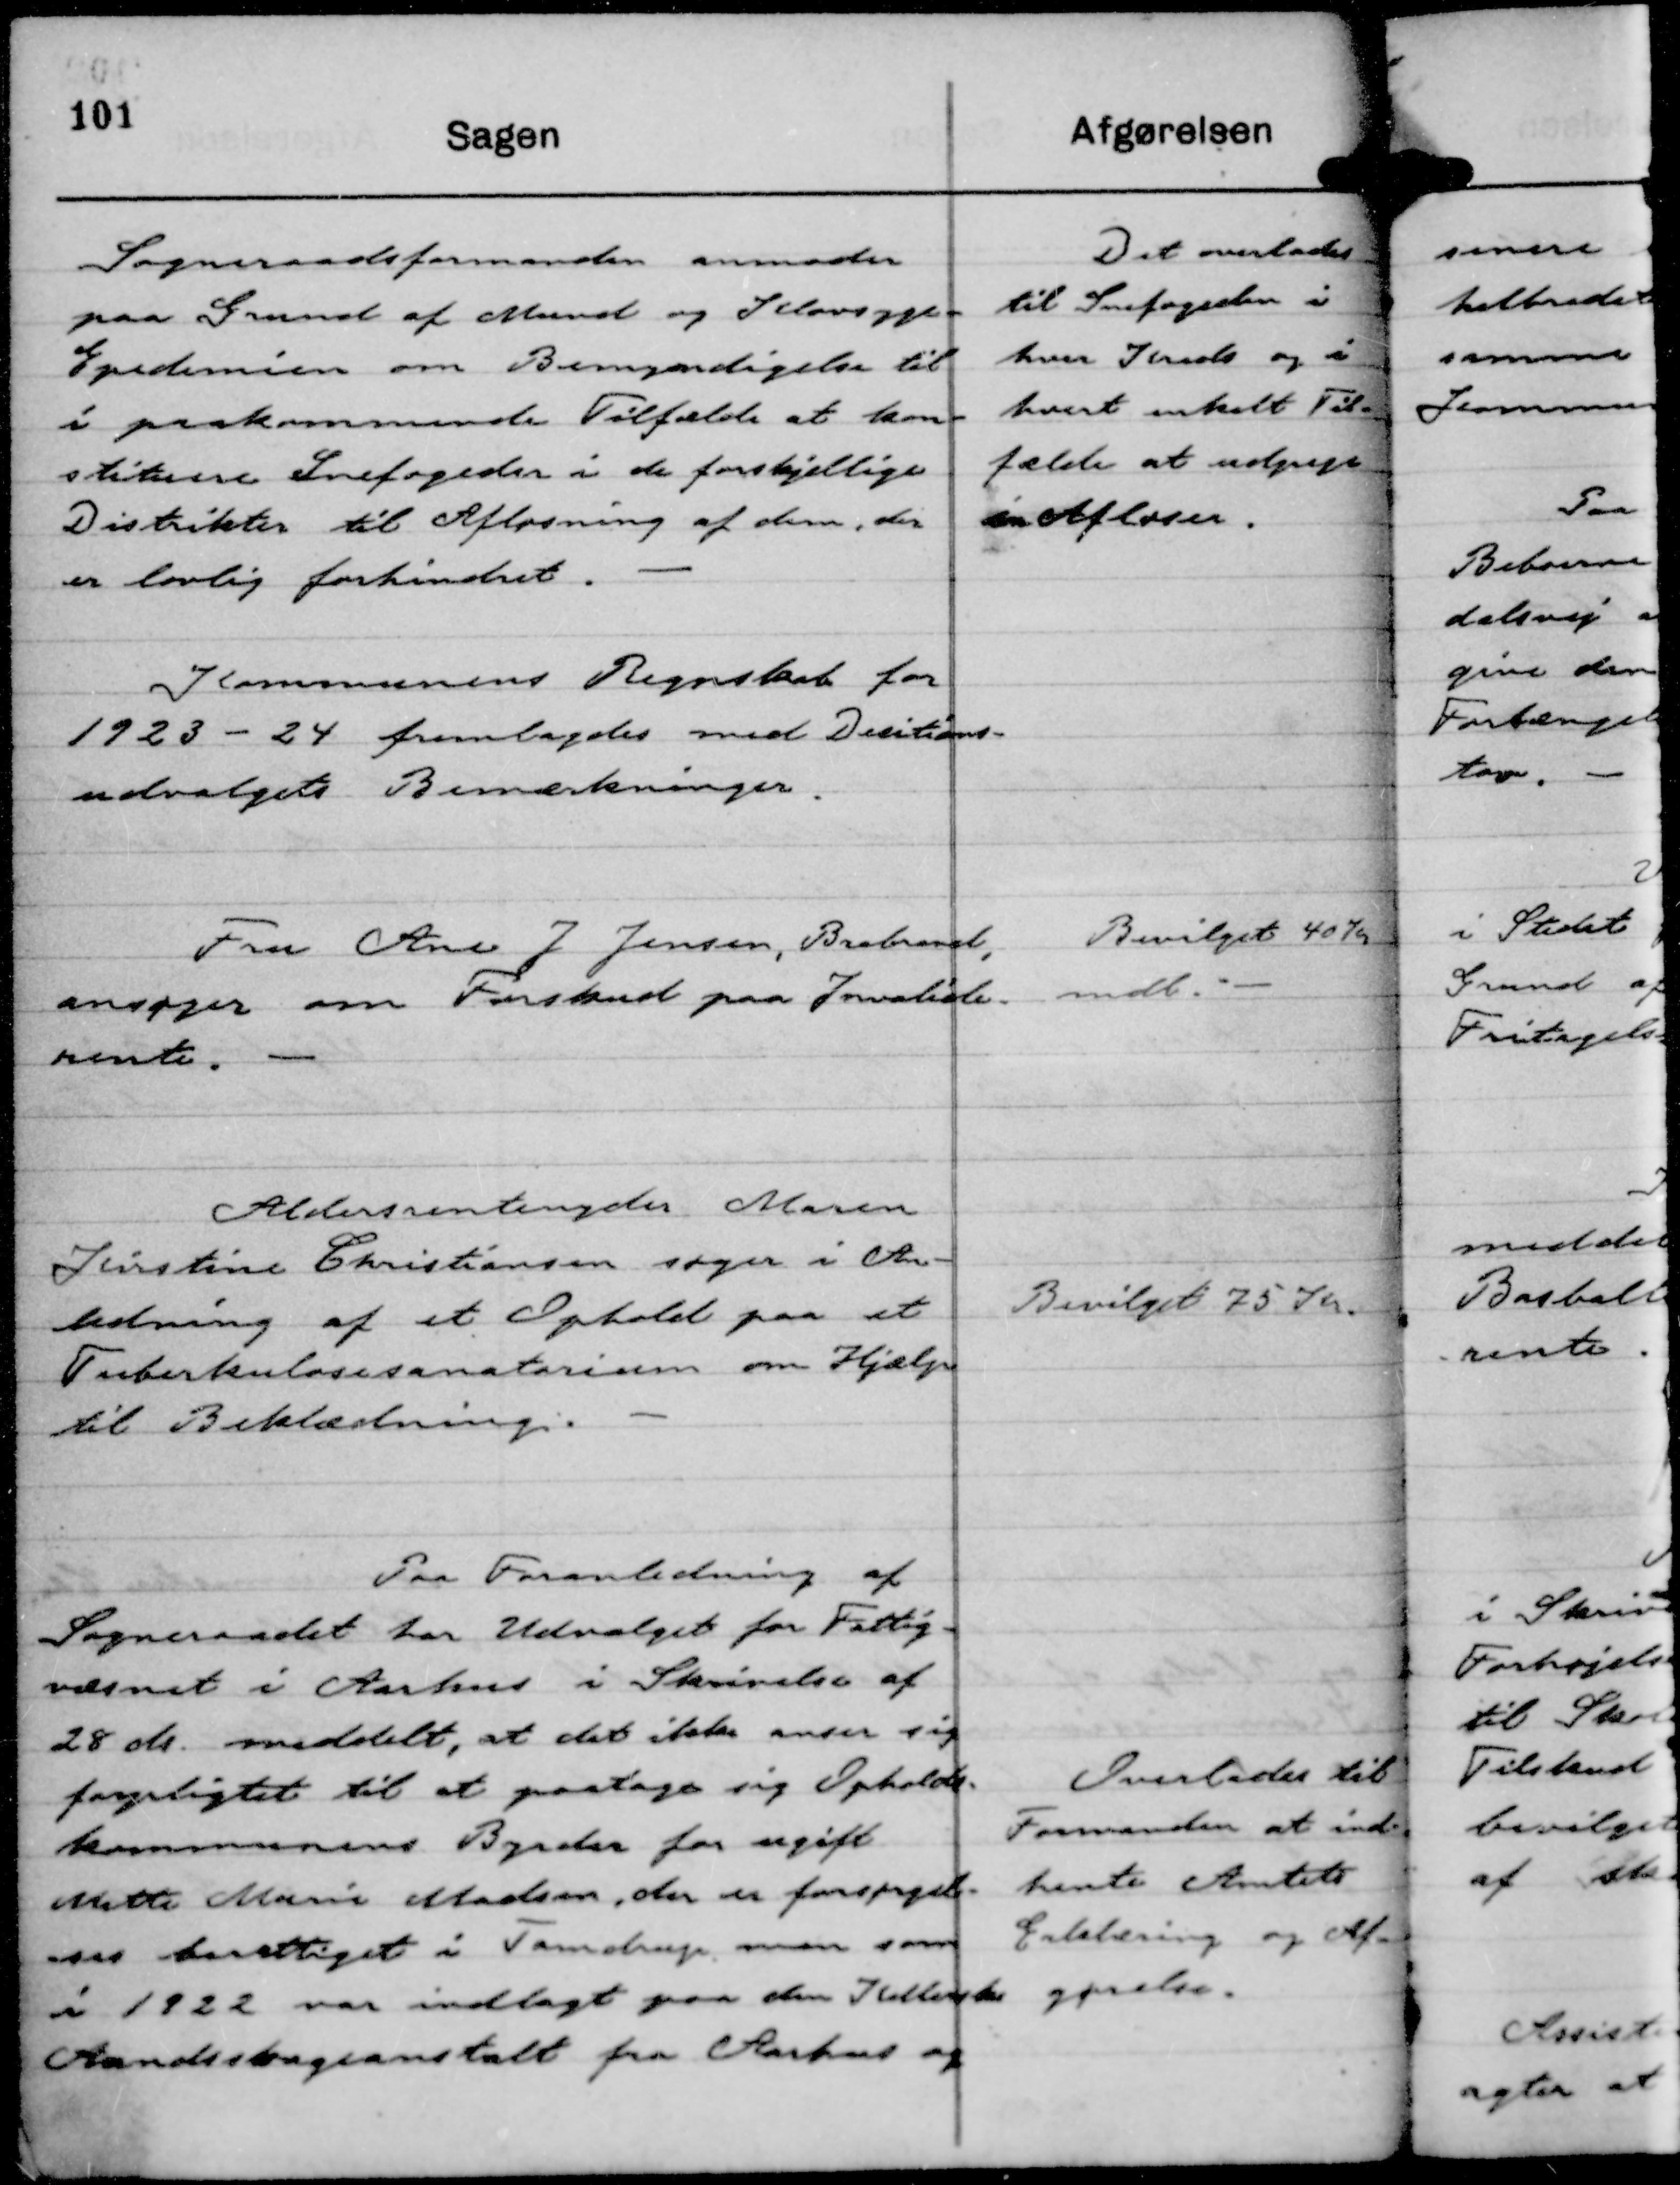
Transskription:
Sogneraadsformanden anmoder
paa Grund af Mund og Klovsyge-
Epidemien om Bemyndigelse til
i Paakommende Tilfælde at kon-
stituere Snefogeder i de forskjellige
Distrikter til Afløsning af dem, der
er lovlig forhindret.

Det overlades
til Snefogeden i
hver Kreds og i
hvert enkelt Til-
fælde at udpege
en Afløser.

Kommunens Regnskab for
1923 - 24 fremlagdes med Decitions-
udvalgets Bemærkninger.

Fru Ane J Jensen, Brabrand,
ansøger om Forskud paa Invalide-
rente.

Bevilget 40 Kr
mdl.

Aldersrentenyder Maren
Kirstine Christiansen søger i An-
ledning af et Ophold paa et
Tuberkulosesanatorium om Hjælp
til Beklædning.

Bevilget 75 Kr.

Paa Foranledning af
Sogneraadet har Udvalget for Fattig-
væsnet i Aarhus i Skrivelse af
28 ds. meddelt, at det ikke anser sig
forpligtet til at paatage sig Opholds-
kommunens Byrder for ugift
Mette Marie Madsen, der er forsørgel-
ses berettiget i Tamdrup, men som
i 1922 var indlagt paa den Kellerske
Aandssvageanstalt fra Aarhus og

Overlades til
Formanden at ind-
hente Amtets
Erklæring og Af-
gørelse.